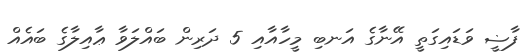
ފާޟީ ވަޑައިގަތީ އޭނާގެ އަނބި މީހާއާއި 5 ދަރިން ބައްލަވާ ޢާއިލާގެ ބައެއް